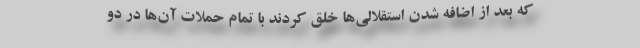
که بعد از اضافه شدن استقلالی‌ها خلق کردند با تمام حملات آن‌ها در دو